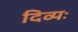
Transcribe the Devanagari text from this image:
दिव्यः